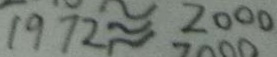
1 9 7 2 \approx 2 0 0 0